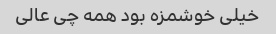
خیلی خوشمزه بود همه چی عالی